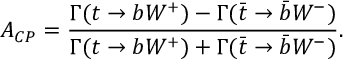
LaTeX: A _ { C P } = \frac { \Gamma ( t \rightarrow b W ^ { + } ) - \Gamma ( \bar { t } \rightarrow \bar { b } W ^ { - } ) } { \Gamma ( t \rightarrow b W ^ { + } ) + \Gamma ( \bar { t } \rightarrow \bar { b } W ^ { - } ) } .